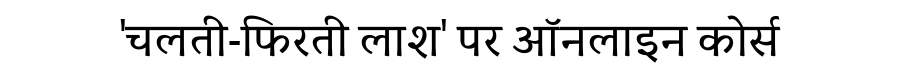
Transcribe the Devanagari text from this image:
'चलती-फिरती लाश' पर ऑनलाइन कोर्स